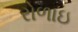
રોળાઇ